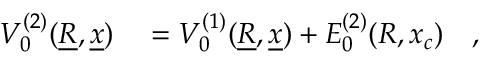
\begin{array} { r l } { V _ { 0 } ^ { ( 2 ) } ( \underline { { R } } , \underline { { x } } ) } & { { } = V _ { 0 } ^ { ( 1 ) } ( \underline { { R } } , \underline { { x } } ) + E _ { 0 } ^ { ( 2 ) } ( R , x _ { c } ) \quad , } \end{array}